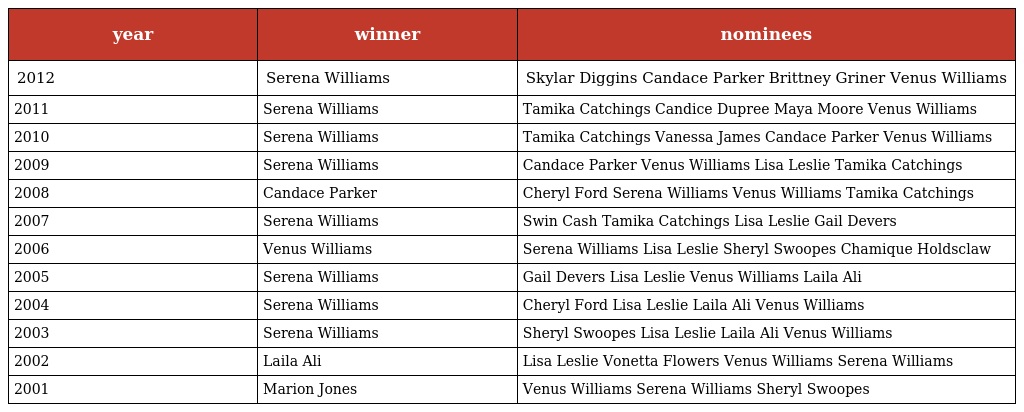
| year | winner | nominees |
 | --- | --- | --- |
 | 2012 | Serena Williams | Skylar Diggins Candace Parker Brittney Griner Venus Williams |
 | 2011 | Serena Williams | Tamika Catchings Candice Dupree Maya Moore Venus Williams |
 | 2010 | Serena Williams | Tamika Catchings Vanessa James Candace Parker Venus Williams |
 | 2009 | Serena Williams | Candace Parker Venus Williams Lisa Leslie Tamika Catchings |
 | 2008 | Candace Parker | Cheryl Ford Serena Williams Venus Williams Tamika Catchings |
 | 2007 | Serena Williams | Swin Cash Tamika Catchings Lisa Leslie Gail Devers |
 | 2006 | Venus Williams | Serena Williams Lisa Leslie Sheryl Swoopes Chamique Holdsclaw |
 | 2005 | Serena Williams | Gail Devers Lisa Leslie Venus Williams Laila Ali |
 | 2004 | Serena Williams | Cheryl Ford Lisa Leslie Laila Ali Venus Williams |
 | 2003 | Serena Williams | Sheryl Swoopes Lisa Leslie Laila Ali Venus Williams |
 | 2002 | Laila Ali | Lisa Leslie Vonetta Flowers Venus Williams Serena Williams |
 | 2001 | Marion Jones | Venus Williams Serena Williams Sheryl Swoopes |